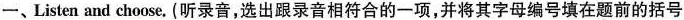
一、Listen and choose.(听录音，选出跟录音相符合的一项，并将其字母编号填在题前的括号